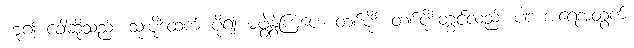
ဟူ၍ ခေါ်ဆိုသည်။ သုံးပိုဒ်ထက် ပို၍ မဖွဲ့နွဲ့ကြပေ။ တစ်ပိုဒ် တစ်ပိုဒ်တွင်လည်း ပါဒ အရေအတွက်